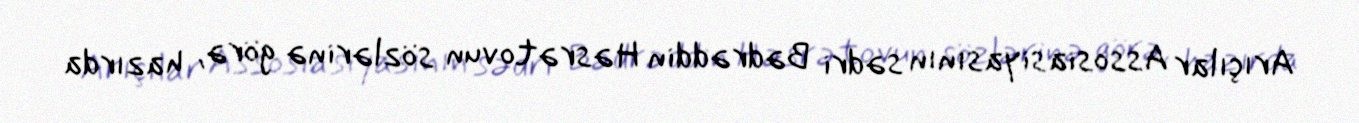
Arıçılar Assosiasiyasının sədri Bədrəddin Həsrətovun sözlərinə görə, hazırda